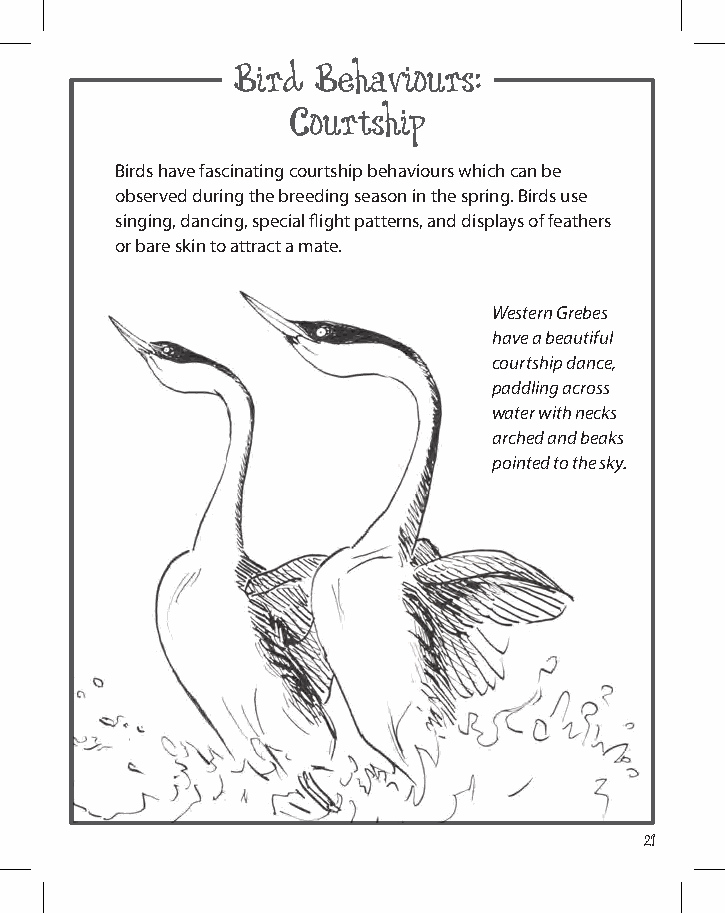
Bird Behaviours:
 Courtship
 Birds have fascinating courtship behaviours which can be
 observed during the breeding season in the spring. Birds use
 singing, dancing, special flight patterns, and displays of feathers
 or bare skin to attract a mate.
 Western Grebes
 have a beautiful
 courtship dance,
 paddling across
 water with necks
 arched and beaks
 pointed to the sky.
 21